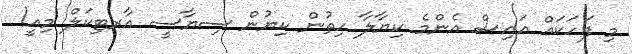
މި ފަހަކައް އައިސް އެންމެ ކިޔާލާ ހިތުން ކިޔުން ސިޔާސީ އާރޓިކަލް މިއީ!